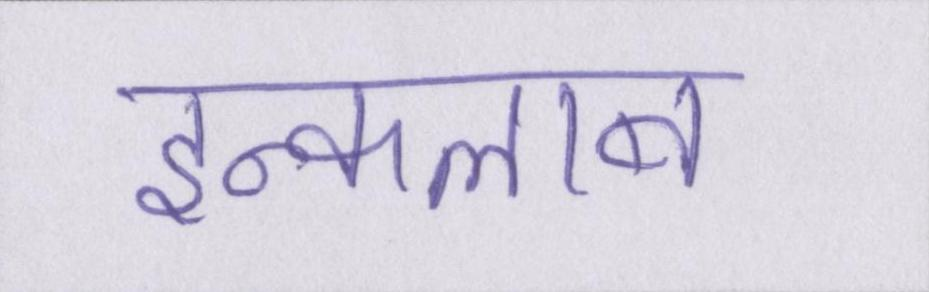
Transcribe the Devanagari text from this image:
इन्कलाब